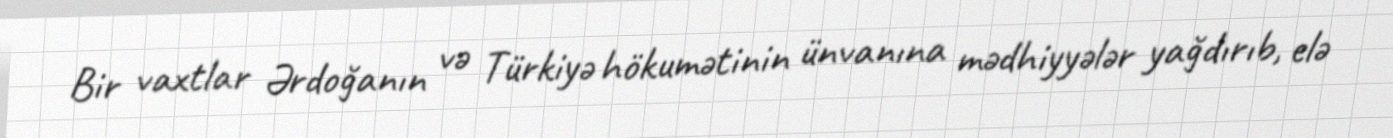
Bir vaxtlar Ərdoğanın və Türkiyə hökumətinin ünvanına mədhiyyələr yağdırıb, elə